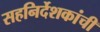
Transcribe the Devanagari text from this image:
सहनिर्देशकांची